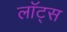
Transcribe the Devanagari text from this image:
लॉट्स